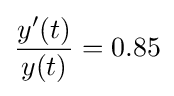
{\frac {y'(t)}{y(t)}}=0.85